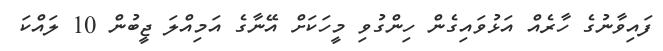
ފައިވާނުގެ ހާރެއް އަޅުވައިގެން ހިންގުވި މީހަކަށް އޭނާގެ އަމިއްލަ ޖީބުން 10 ލައްކަ